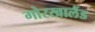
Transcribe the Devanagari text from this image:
गोरखालैंड